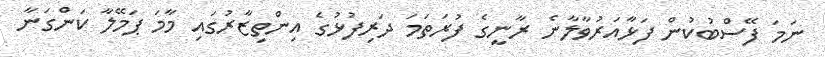
ނަމަ ފޭސްބުކުން ފަޅާއަރުވާލާނެ ރާނީގެ ފުރަތަމަ ދަރިފުޅުގެ އިންތިޒާރުގައި މާމަ ޕަމޭލާ ކަންގަނާ